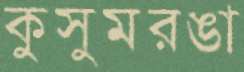
কুসুমরঙা